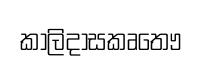
කාලිදාසකෘතෞ